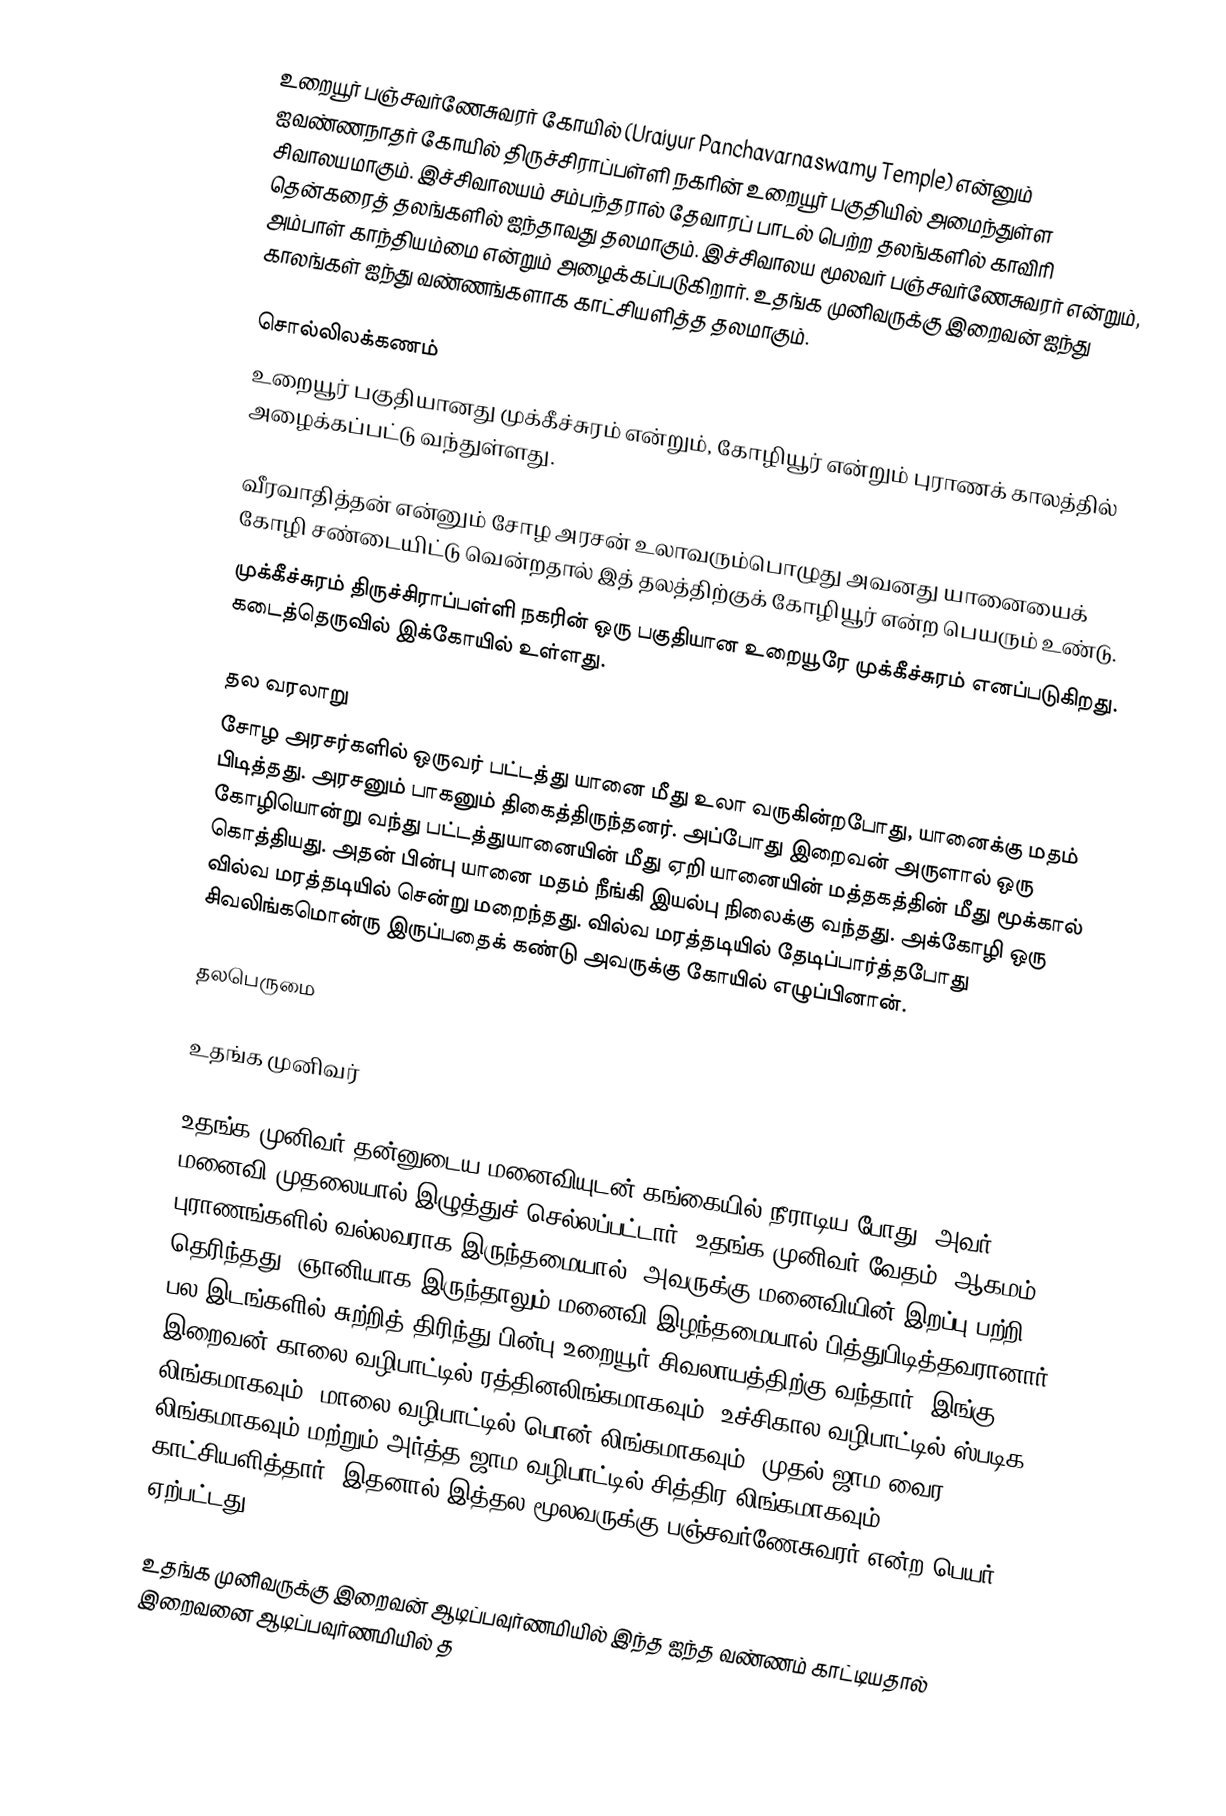
உறையூர் பஞ்சவர்ணேசுவரர் கோயில் (Uraiyur Panchavarnaswamy Temple)  என்னும் ஐவண்ணநாதர் கோயில் திருச்சிராப்பள்ளி நகரின் உறையூர் பகுதியில் அமைந்துள்ள சிவாலயமாகும். இச்சிவாலயம் சம்பந்தரால் தேவாரப் பாடல் பெற்ற தலங்களில் காவிரி தென்கரைத் தலங்களில் ஐந்தாவது தலமாகும்.  இச்சிவாலய மூலவர் பஞ்சவர்ணேசுவரர் என்றும், அம்பாள் காந்தியம்மை என்றும் அழைக்கப்படுகிறார். உதங்க முனிவருக்கு இறைவன் ஐந்து காலங்கள் ஐந்து வண்ணங்களாக காட்சியளித்த தலமாகும்.

சொல்லிலக்கணம்
உறையூர் பகுதியானது முக்கீச்சுரம் என்றும், கோழியூர் என்றும் புராணக் காலத்தில் அழைக்கப்பட்டு வந்துள்ளது.

 வீரவாதித்தன் என்னும் சோழ அரசன் உலாவரும்பொழுது அவனது யானையைக் கோழி சண்டையிட்டு வென்றதால் இத் தலத்திற்குக் கோழியூர் என்ற பெயரும் உண்டு.
 முக்கீச்சுரம் திருச்சிராப்பள்ளி நகரின் ஒரு பகுதியான உறையூரே முக்கீச்சுரம் எனப்படுகிறது. கடைத்தெருவில் இக்கோயில் உள்ளது.

தல வரலாறு
சோழ அரசர்களில் ஒருவர் பட்டத்து யானை மீது உலா வருகின்றபோது, யானைக்கு மதம் பிடித்தது. அரசனும் பாகனும் திகைத்திருந்தனர். அப்போது இறைவன் அருளால் ஒரு கோழியொன்று வந்து பட்டத்துயானையின் மீது ஏறி யானையின் மத்தகத்தின் மீது மூக்கால் கொத்தியது. அதன் பின்பு யானை மதம் நீங்கி இயல்பு நிலைக்கு வந்தது. அக்கோழி ஒரு வில்வ மரத்தடியில் சென்று மறைந்தது. வில்வ மரத்தடியில் தேடிப்பார்த்தபோது சிவலிங்கமொன்ரு இருப்பதைக் கண்டு அவருக்கு கோயில் எழுப்பினான்.

தலபெருமை

உதங்க முனிவர்

உதங்க முனிவர் தன்னுடைய மனைவியுடன் கங்கையில் நீராடிய போது, அவர் மனைவி முதலையால் இழுத்துச் செல்லப்பட்டார். உதங்க முனிவர் வேதம், ஆகமம், புராணங்களில் வல்லவராக இருந்தமையால், அவருக்கு மனைவியின் இறப்பு பற்றி தெரிந்தது. ஞானியாக இருந்தாலும் மனைவி இழந்தமையால் பித்துபிடித்தவரானார். பல இடங்களில் சுற்றித் திரிந்து பின்பு உறையூர் சிவலாயத்திற்கு வந்தார். இங்கு இறைவன் காலை வழிபாட்டில் ரத்தினலிங்கமாகவும், உச்சிகால வழிபாட்டில் ஸ்படிக லிங்கமாகவும், மாலை வழிபாட்டில் பொன் லிங்கமாகவும், முதல் ஜாம வைர லிங்கமாகவும் மற்றும் அர்த்த ஜாம வழிபாட்டில் சித்திர லிங்கமாகவும் காட்சியளித்தார். இதனால் இத்தல மூலவருக்கு பஞ்சவர்ணேசுவரர் என்ற பெயர் ஏற்பட்டது.

உதங்க முனிவருக்கு இறைவன் ஆடிப்பவுர்ணமியில் இந்த ஐந்த வண்ணம் காட்டியதால் இறைவனை ஆடிப்பவுர்ணமியில் த